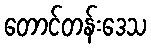
တောင်တန်းဒေသ